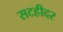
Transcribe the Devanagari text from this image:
सटहीदर